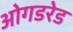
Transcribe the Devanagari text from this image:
ओगडरेड